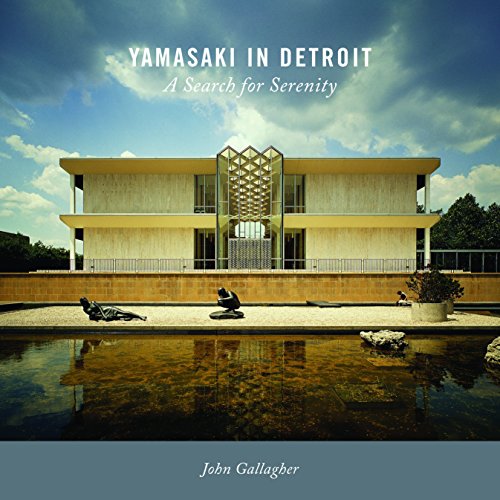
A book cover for Yamasaki in Detroit: A Search for Serenity (Painted Turtle); John Gallagher; Arts & Photography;